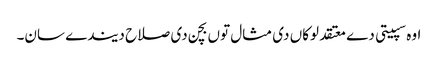
اوہ سپیتی دے معتقد لوکاں دی مثال توں بچن دی صلاح دیندے سان۔